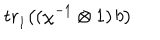
LaTeX: \mathrm { t r } { \vphantom | } _ { 1 } \bigl ( ( \chi ^ { - 1 } \otimes 1 ) \, b \bigr )